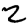
Digit: 2